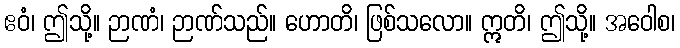
ဧဝံ၊ ဤသို့။ ဉာဏံ၊ ဉာဏ်သည်။ ဟောတိ၊ ဖြစ်သလော။ ဣတိ၊ ဤသို့။ အဝေါစ၊